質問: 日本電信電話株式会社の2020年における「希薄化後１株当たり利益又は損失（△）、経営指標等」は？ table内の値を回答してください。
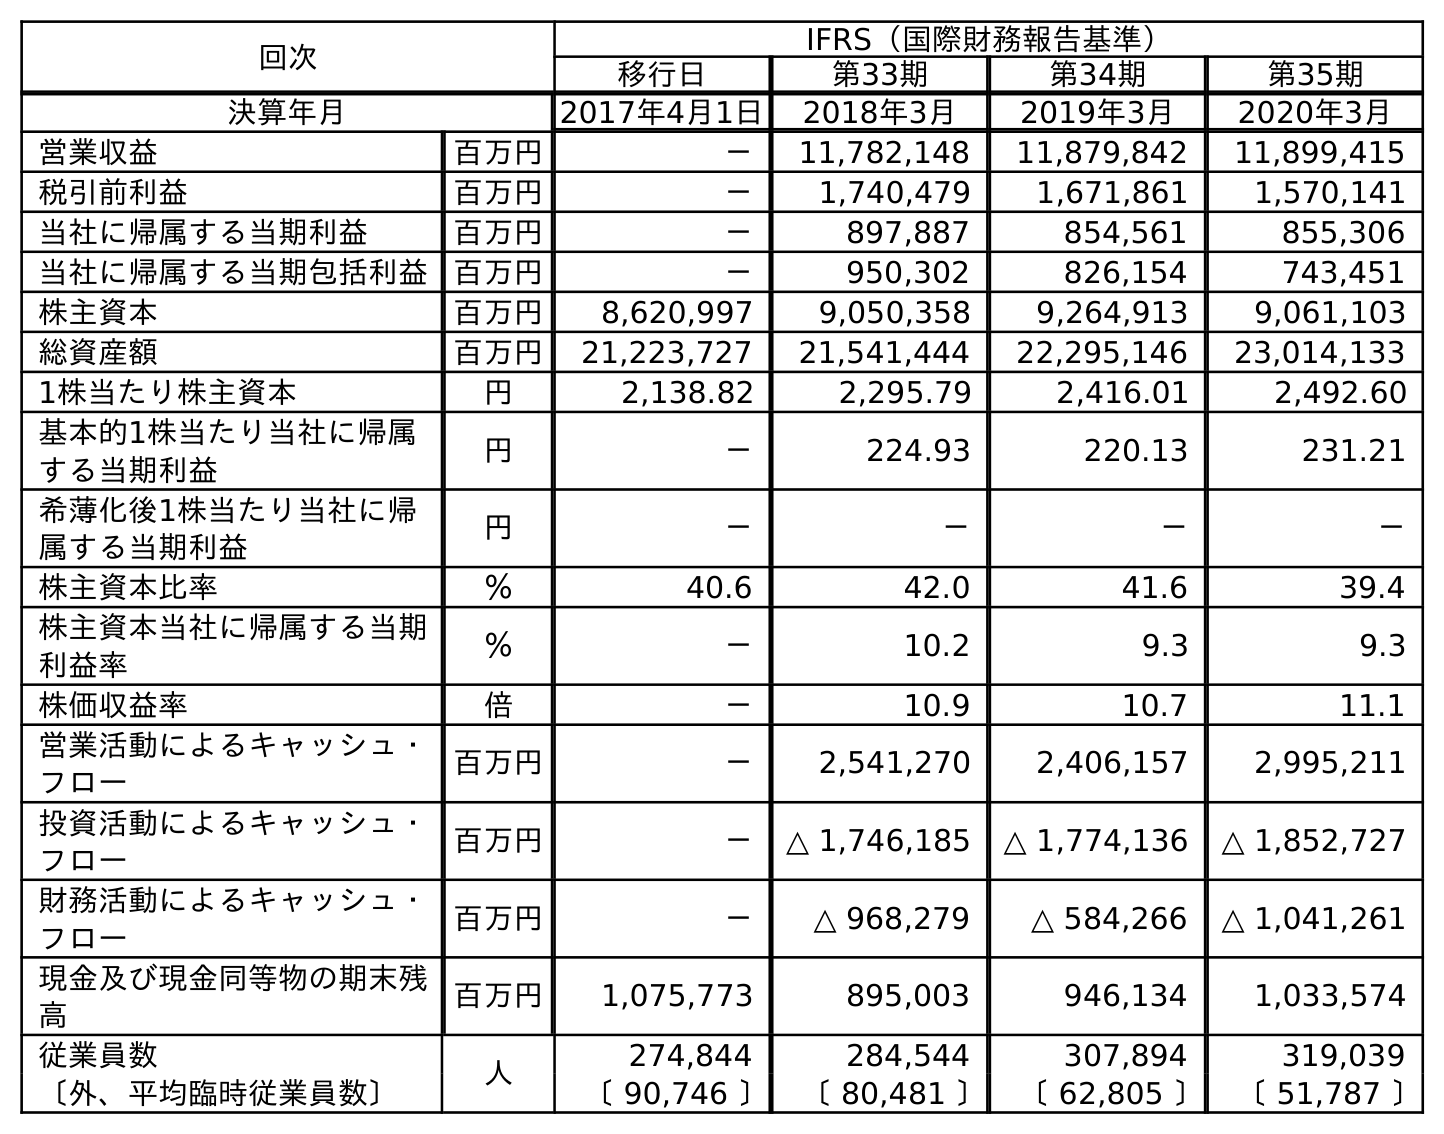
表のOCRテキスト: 回次 IFRS（国際財務報告基準） 移行日 第33期 第34期 第35期 決算年月 2017年4月1日 2018年3月 2019年3月 2020年3月 営業収益 百万円 － 11,782,148 11,879,842 11,899,415 税引前利益 百万円 － 1,740,479 1,671,861 1,570,141 当社に帰属する当期利益 百万円 － 897,887 854,561 855,306 当社に帰属する当期包括利益 百万円 － 950,302 826,154 743,451 株主資本 百万円 8,620,997 9,050,358 9,264,913 9,061,103 総資産額 百万円 21,223,727 21,541,444 22,295,146 23,014,133 1株当たり株主資本 円 2,138.82 2,295.79 2,416.01 2,492.60 基本的1株当たり当社に帰属 する当期利益 円 － 224.93 220.13 231.21 希薄化後1株当たり当社に帰 属する当期利益 円 － － － － 株主資本比率 ％ 40.6 42.0 41.6 39.4 株主資本当社に帰属する当期 利益率 ％ － 10.2 9.3 9.3 株価収益率 倍 － 10.9 10.7 11.1 営業活動によるキャッシュ・ フロー 百万円 － 2,541,270 2,406,157 2,995,211 投資活動によるキャッシュ・ フロー 百万円 － △ 1,746,185 △ 1,774,136 △ 1,852,727 財務活動によるキャッシュ・ フロー 百万円 － △ 968,279 △ 584,266 △ 1,041,261 現金及び現金同等物の期末残 高 百万円 1,075,773 895,003 946,134 1,033,574 従業員数 人 274,844 284,544 307,894 319,039 〔外、平均臨時従業員数〕 〔 90,746 〕 〔 80,481 〕 〔 62,805 〕 〔 51,787 〕
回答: －